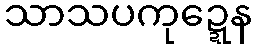
သာသပကုဍ္ဍေန